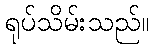
ရုပ်သိမ်းသည်။